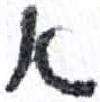
אות: א